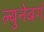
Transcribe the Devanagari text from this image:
ल्युनेबर्ग